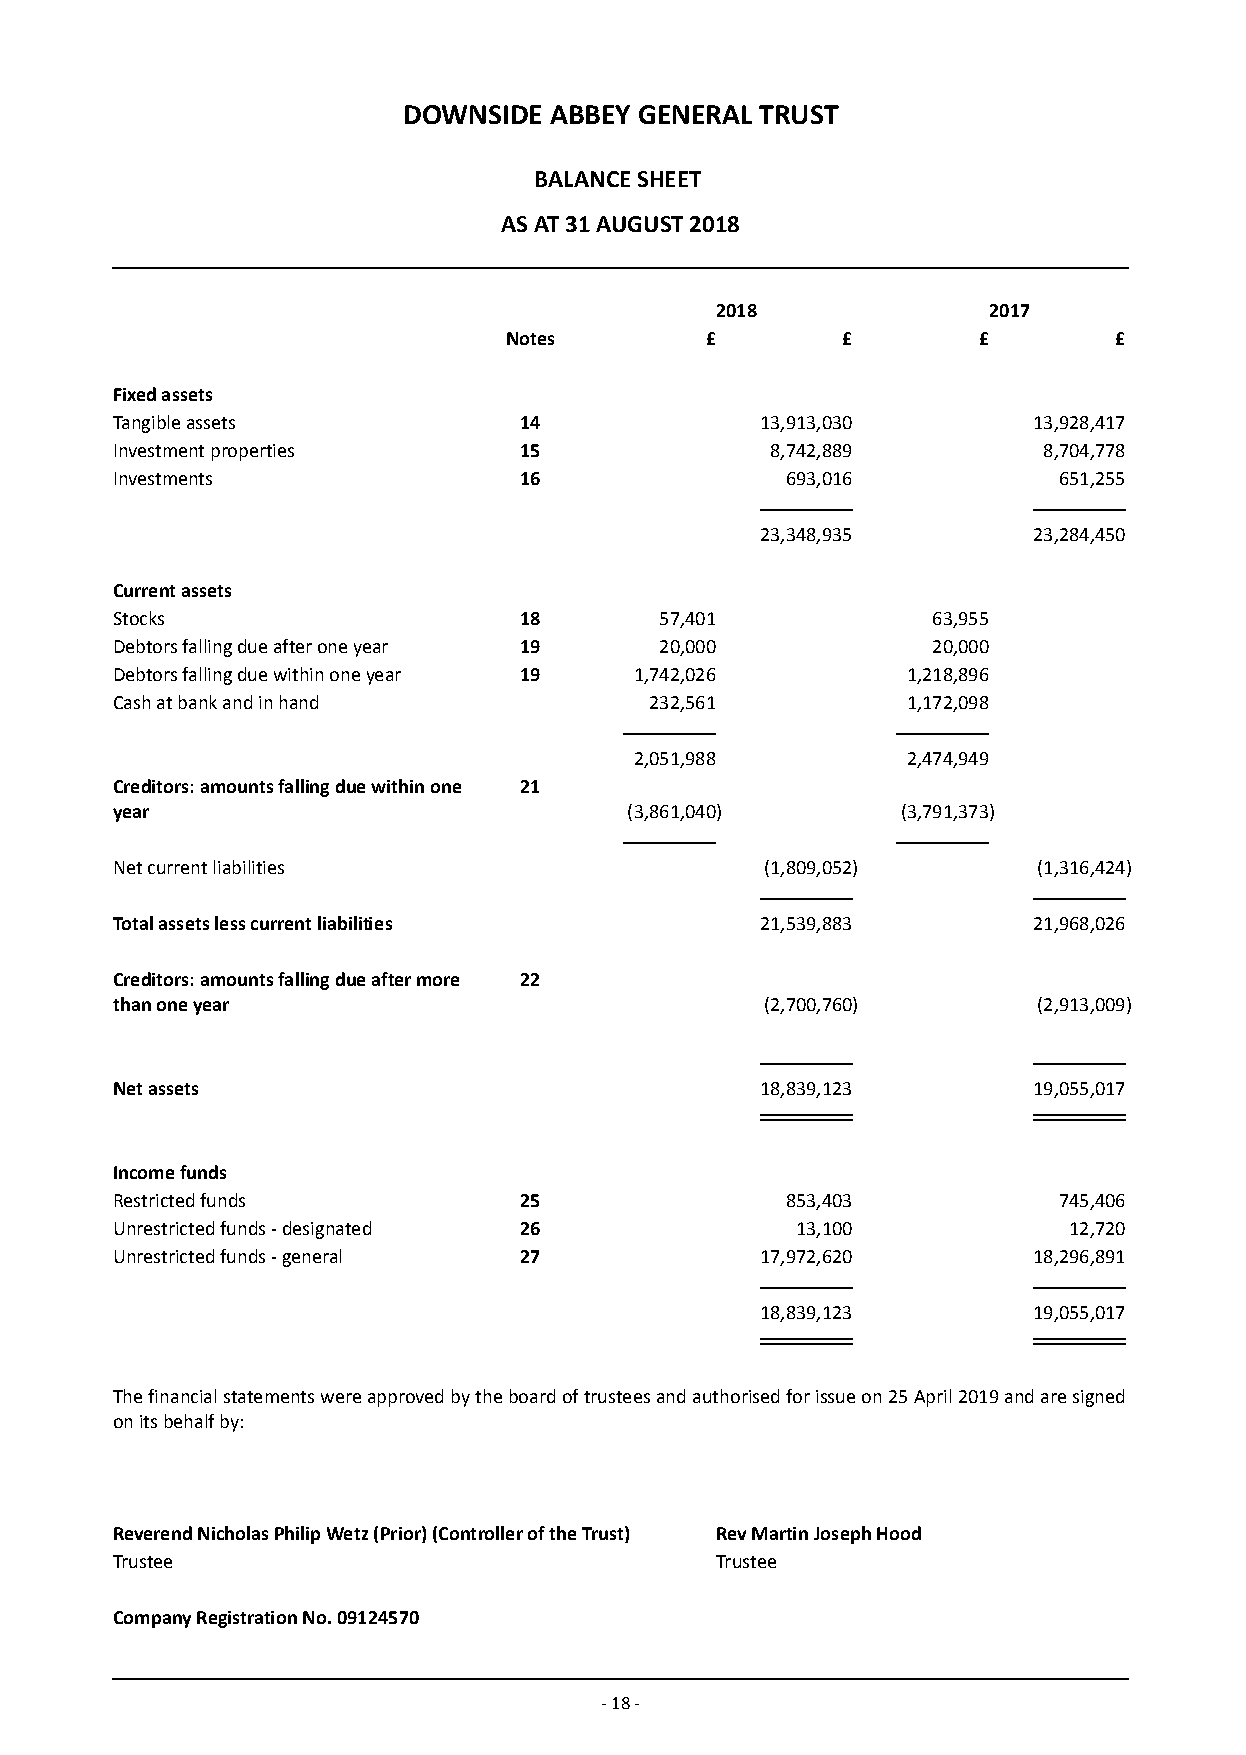
DOWNSIDE ABBEY GENERAL TRUST
 BALANCE SHEET
 AS AT 31 AUGUST 2018
 2018              2017
 Notes         £        £        £        £
 Fixed assets
 Tangible assets            14              13,913,030        13,928,417
 Investment properties      15               8,742,889         8,704,778
 Investments                16                693,016           651,255
 23,348,935        23,284,450
 Current assets
 Stocks                     18        57,401            63,955
 Debtors falling due after one year 19 20,000           20,000
 Debtors falling due within one year 19 1,742,026     1,218,896
 Cash at bank and in hand            232,561          1,172,098
 2,051,988         2,474,949
 Creditors: amounts falling due within one 21
 year                               (3,861,040)       (3,791,373)
 Net current liabilities                     (1,809,052)       (1,316,424)
 Total assets less current liabilities      21,539,883        21,968,026
 Creditors: amounts falling due after more 22
 than one year                               (2,700,760)       (2,913,009)
 Net assets                                 18,839,123        19,055,017
 Income funds
 Restricted funds           25                853,403           745,406
 Unrestricted funds - designated 26            13,100            12,720
 Unrestricted funds - general 27            17,972,620        18,296,891
 18,839,123        19,055,017
 The financial statements were approved by the board of trustees and authorised for issue on 25 April 2019 and are signed
 on its behalf by:
 Reverend Nicholas Philip Wetz (Prior) (Controller of the Trust) Rev Martin Joseph Hood
 Trustee                                 Trustee
 Company Registration No. 09124570
 - 18 -